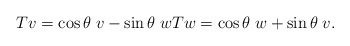
\begin{align*}Tv = \cos \theta \; v - \sin \theta \; w Tw = \cos \theta \; w + \sin \theta \; v.\end{align*}